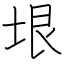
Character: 垠